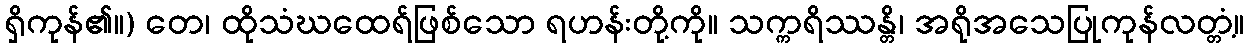
ရှိကုန်၏။) တေ၊ ထိုသံဃထေရ်ဖြစ်သော ရဟန်းတို့ကို။ သက္ကရိဿန္တိ၊ အရိုအသေပြုကုန်လတ္တံ့။